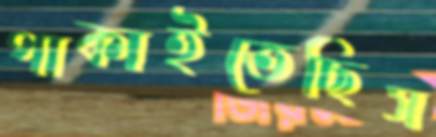
পাকাইতেছিস